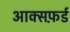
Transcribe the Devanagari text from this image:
आक्सफ़र्ड